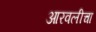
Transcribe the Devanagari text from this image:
आरवलीचा